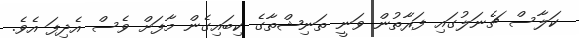
ކަލާސް ޗެނަލުގައި ފަރާތުން ވަނީ ތަނިޝްތާގެ ކިބައިގެން މާފަށް ވެސް އެދިފަ އެވެ.